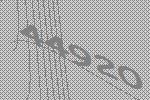
44920